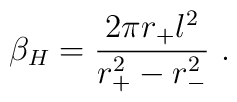
\beta_H = \frac{2\pi r_+ l^2}{r_+^2 - r_-^2}~.